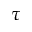
\tau